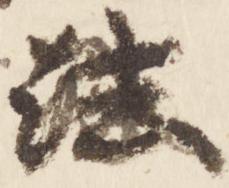
法